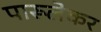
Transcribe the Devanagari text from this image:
पारूलेकर